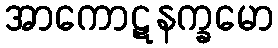
အာကောဋနက္ခမော